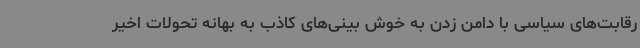
رقابت‌های سیاسی با دامن زدن به خوش بینی‌های کاذب به بهانه تحولات اخیر